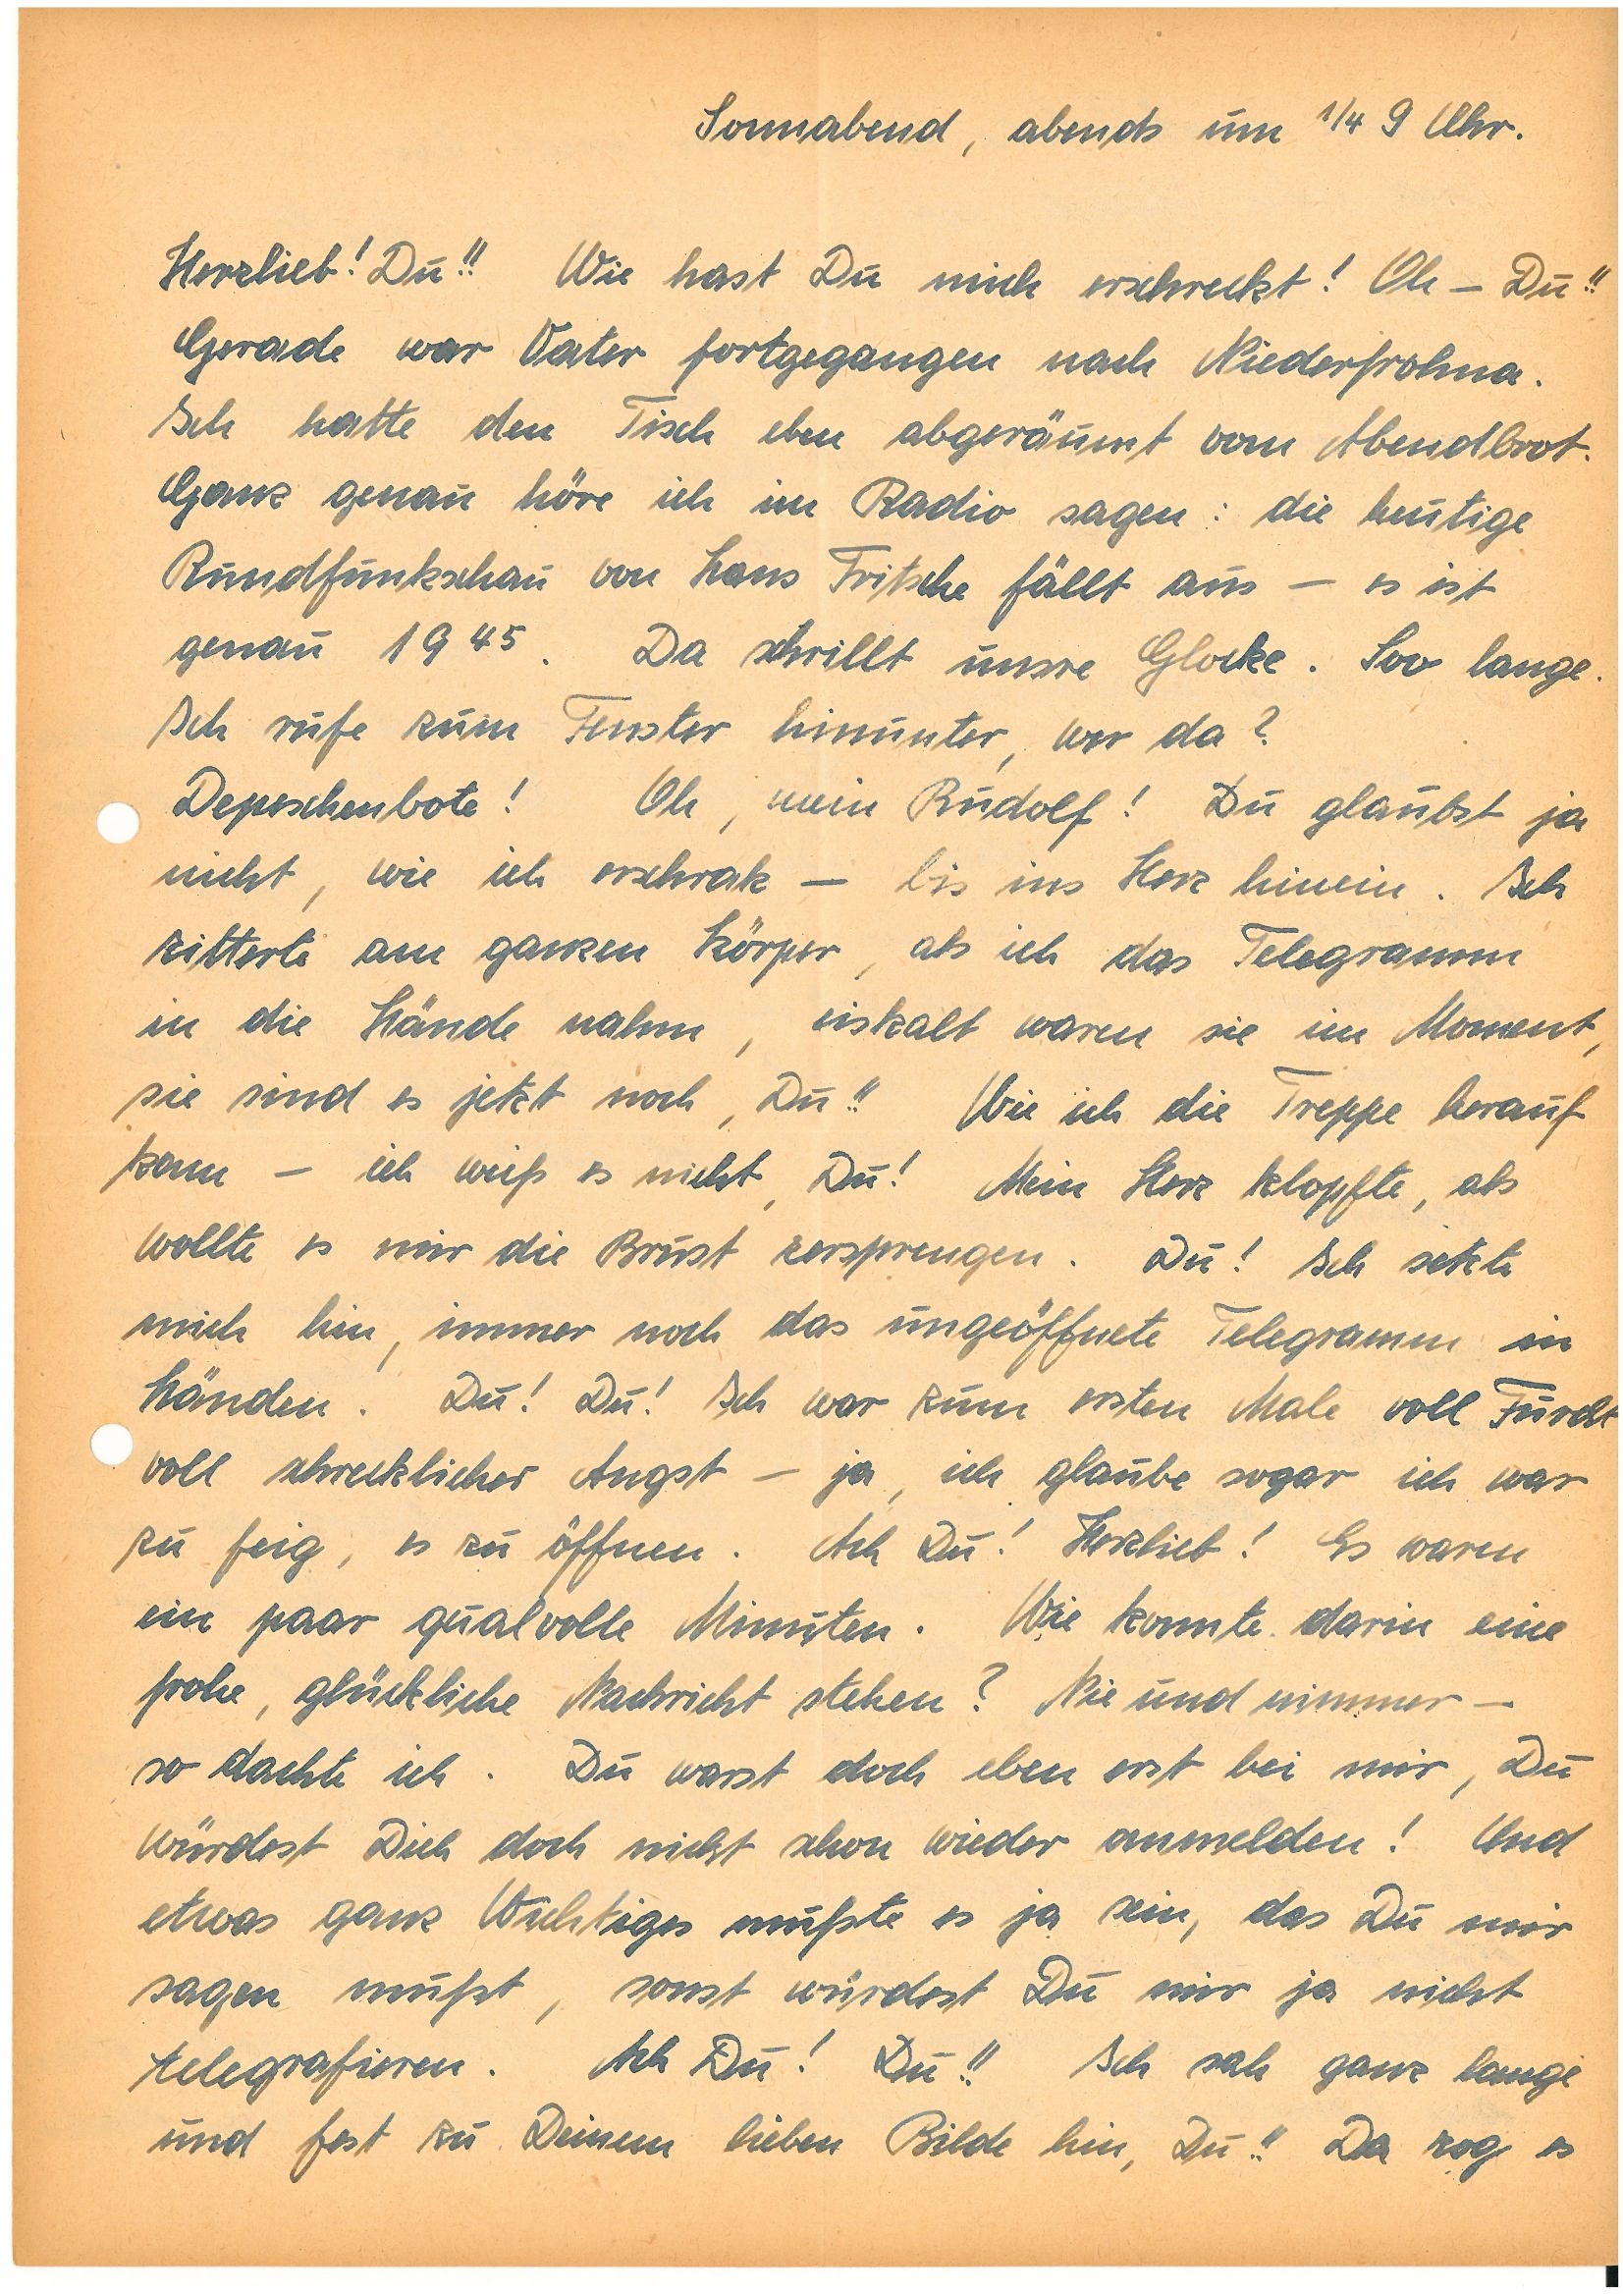
Sonnabend, abends um ¼ 9 Uhr.
Herzlieb! Du!! Wie hast du mich erschreckt! Oh – Du!!
Gerade war Vater fortgegangen nach N.
Ich hatte den Tisch eben abgeräumt vom Abendbrot.
Ganz genau höre ich im Radio sagen: die heutige
Rundfunkschau von Hans Fritsche fällt aus – es ist
genau 19 45 . Da schrillt unsre Glocke. Soo lange.
Ich rufe zum Fenster hinunter, wer da?
Depeschenbote! Oh, mein! Du glaubst ja
nicht, wie ich erschrak – bis ins Herz hinein. Ich
zitterte am ganzen Körper, als ich das Telegramm
in die Hände nahm, eiskalt waren sie im Moment,
sie sind es jetzt noch, Du!! Wie ich die Treppe herauf
kam – ich weiß es nicht, Du! Mein Herz klopfte, als
wollte es mir die Brust zersprengen. Du! Ich setzte
mich hin, immer noch das ungeöffnete Telegramm in
Händen. Du! Du! Ich war zum ersten Male voll Furcht
voll schrecklicher Angst – ja, ich glaube sogar ich war
zu feig , es zu öffnen. Ach Du! Herzlieb! Es waren
ein paar qualvolle Minuten. Wie konnte darin eine
frohe, glückliche Nachricht stehen? Nie und nimmer –
so dachte ich. Du warst doch eben erst bei mir, Du
würdest Dich doch nicht schon wieder anmelden! Und
etwas ganz Wichtiges müßte es ja sein, das Du mir
sagen mußt, sonst würdest Du mir ja nicht
telegrafieren. Ach Du! Du!! Ich sah ganz lange
und fest zu Deinem lieben Bilde hin, Du!! Da zog es